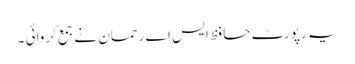
یہ رپورٹ حافظ ایس اے رحمان نے جمع کروائی ۔